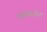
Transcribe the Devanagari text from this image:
एकोयायेन